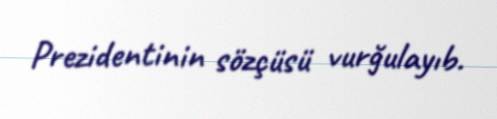
Prezidentinin sözçüsü vurğulayıb.